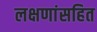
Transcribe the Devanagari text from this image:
लक्षणांसहित